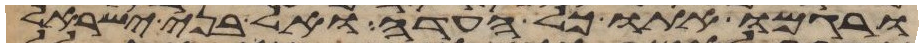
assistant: ורגמו אתו כל העדה ואל בני ישראל